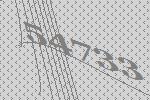
54733